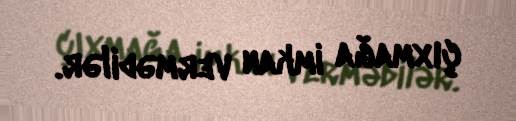
çıxmağa imkan vermədilər.